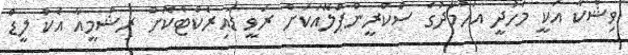
ވިޝްކާ އަކީ މަހުދީ އަހުމަދުގެ ސްކްރީންޕްލޭއަކަށް ރަވީ ޑައިރެކްޓްކޮށް ރިޝްމީއާ އެކު ލީޑް